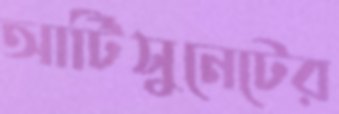
আর্টিসুনেটের